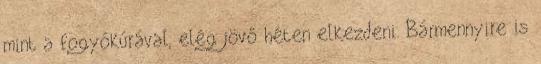
mint a fogyókúrával, elég jövő héten elkezdeni. Bármennyire is